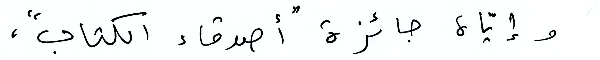
وإيَّاه جائزة "أصدقاء الكتاب"،